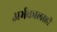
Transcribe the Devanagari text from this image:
अर्भकालाही